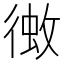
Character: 𢔼